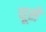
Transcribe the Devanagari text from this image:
घूसे